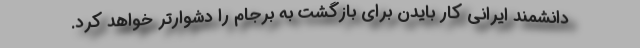
دانشمند ایرانی کار بایدن برای بازگشت به برجام را دشوارتر خواهد کرد.